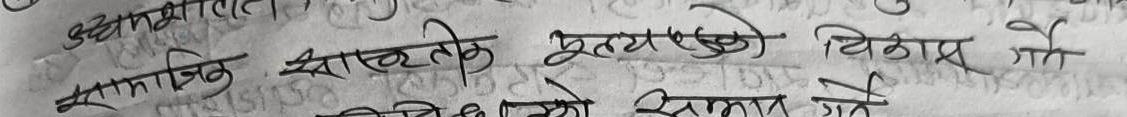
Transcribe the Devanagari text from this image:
सामाजिक सास्कृतिक मूल्यहरूको विकास गै